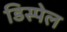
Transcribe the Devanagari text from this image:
डिस्पेल